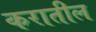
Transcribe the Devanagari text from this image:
करातील